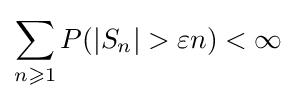
\sum \limits _{n\geqslant 1}P(|S_{n}|>\varepsilon n)<\infty